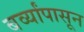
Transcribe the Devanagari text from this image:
बर्व्यांपासून